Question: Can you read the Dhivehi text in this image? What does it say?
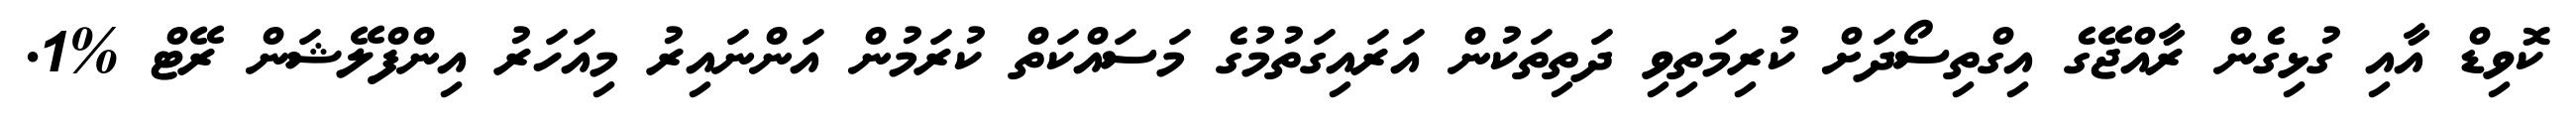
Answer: ކޮވިޑް އާއި ގުޅިގެން ރާއްޖޭގެ އިގްތިސޯދަށް ކުރިމަތިވި ދަތިތަކުން އަރައިގަތުމުގެ މަސައްކަތް ކުރަމުން އަންނައިރު މިއަހަރު އިންފްލޭޝަން ރޭޓް %1.